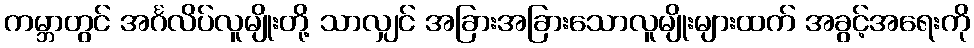
ကမ္ဘာတွင် အင်္ဂလိပ်လူမျိုးတို့ သာလျှင် အခြားအခြားသောလူမျိုးများထက် အခွင့်အရေးကို